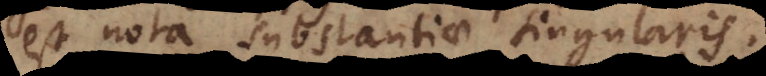
est nota substantiae singularis.